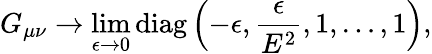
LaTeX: G_{\mu\nu}\rightarrow\operatorname*{lim}_{\epsilon\rightarrow 0}\mathrm{diag}\left(-\epsilon,\frac{\epsilon}{E^{2}},1,\dots,1\right),